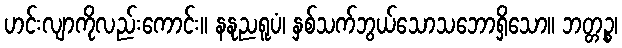
ဟင်းလျာကိုလည်းကောင်း။ နနုညရူပံ၊ နှစ်သက်ဘွယ်သောသဘောရှိသော။ ဘတ္တဉ္စ၊